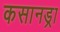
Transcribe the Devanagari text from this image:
कसानड्रा